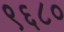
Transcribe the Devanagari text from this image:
९६८०